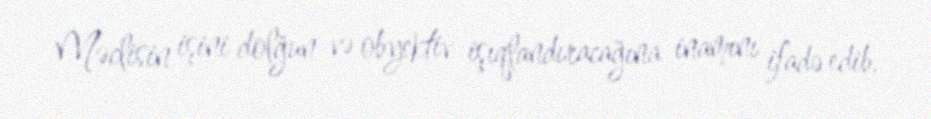
Məclisin işini dolğun və obyektiv işıqlandıracağına inamını ifadə edib.